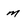
Character: m